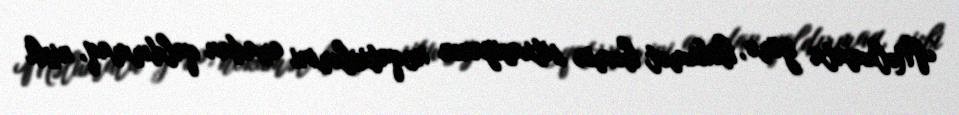
Məlumata görə, hökumət həmin situasiyanın neqativlərini aradan qaldırmaq, nisbi